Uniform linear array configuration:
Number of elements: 16
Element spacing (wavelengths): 0.75
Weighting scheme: kaiser
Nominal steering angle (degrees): -30
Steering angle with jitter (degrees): -30.202
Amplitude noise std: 0.05
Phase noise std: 0.05

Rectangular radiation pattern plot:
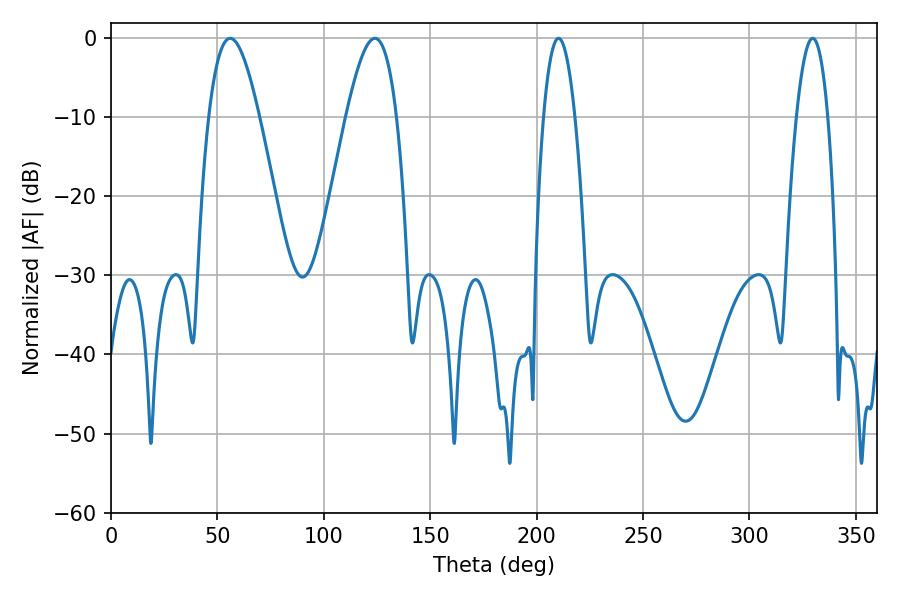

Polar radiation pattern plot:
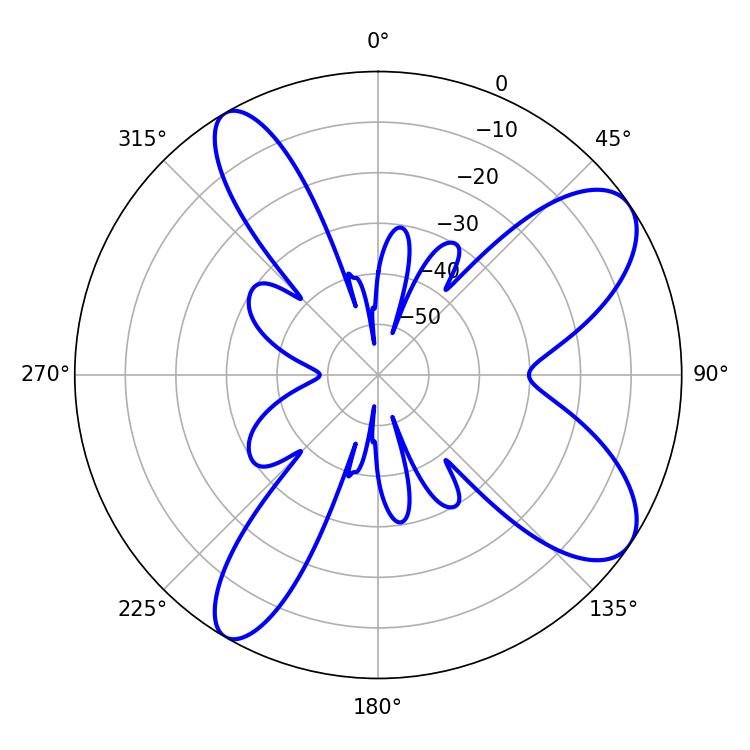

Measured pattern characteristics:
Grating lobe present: TRUE
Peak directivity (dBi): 8.97
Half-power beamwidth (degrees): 12.96
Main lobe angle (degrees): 55.98